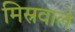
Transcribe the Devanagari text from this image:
मिस्रवाले